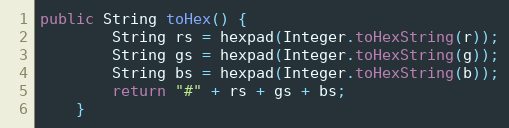
Language: Java
public String toHex() {
        String rs = hexpad(Integer.toHexString(r));
        String gs = hexpad(Integer.toHexString(g));
        String bs = hexpad(Integer.toHexString(b));
        return "#" + rs + gs + bs;
    }